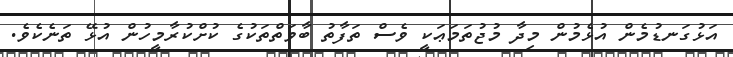
އަޅުގަނޑުމެން އުޅެމުން މިދާ މުޖުތަމަޢަކީ ވެސް ތަފާތު ބާވަތްތަކުގެ ކުށްކުރާމީހުން އުޅޭ ތަނެކެވެ.